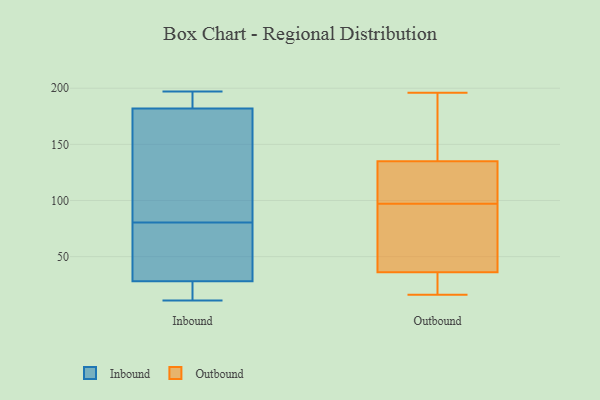
{"axis": {"x": "Revenue (USD Million)", "y": "Value"}, "legend": ["Inbound", "Outbound"], "data": [{"x": "", "y": 54, "type": "Inbound"}, {"x": "", "y": 14, "type": "Inbound"}, {"x": "", "y": 183, "type": "Inbound"}, {"x": "", "y": 154, "type": "Inbound"}, {"x": "", "y": 11, "type": "Inbound"}, {"x": "", "y": 197, "type": "Inbound"}, {"x": "", "y": 187, "type": "Inbound"}, {"x": "", "y": 163, "type": "Inbound"}, {"x": "", "y": 68, "type": "Inbound"}, {"x": "", "y": 16, "type": "Inbound"}, {"x": "", "y": 49, "type": "Inbound"}, {"x": "", "y": 93, "type": "Inbound"}, {"x": "", "y": 152, "type": "Inbound"}, {"x": "", "y": 28, "type": "Inbound"}, {"x": "", "y": 186, "type": "Inbound"}, {"x": "", "y": 182, "type": "Inbound"}, {"x": "", "y": 21, "type": "Inbound"}, {"x": "", "y": 61, "type": "Inbound"}, {"x": "", "y": 103, "type": "Outbound"}, {"x": "", "y": 30, "type": "Outbound"}, {"x": "", "y": 133, "type": "Outbound"}, {"x": "", "y": 136, "type": "Outbound"}, {"x": "", "y": 171, "type": "Outbound"}, {"x": "", "y": 192, "type": "Outbound"}, {"x": "", "y": 59, "type": "Outbound"}, {"x": "", "y": 31, "type": "Outbound"}, {"x": "", "y": 36, "type": "Outbound"}, {"x": "", "y": 91, "type": "Outbound"}, {"x": "", "y": 135, "type": "Outbound"}, {"x": "", "y": 88, "type": "Outbound"}, {"x": "", "y": 16, "type": "Outbound"}, {"x": "", "y": 119, "type": "Outbound"}, {"x": "", "y": 196, "type": "Outbound"}, {"x": "", "y": 130, "type": "Outbound"}, {"x": "", "y": 60, "type": "Outbound"}, {"x": "", "y": 25, "type": "Outbound"}]}